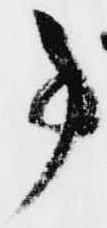
事